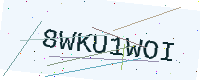
Text: 8WKU1WOI